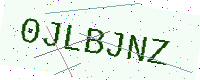
Text: 0JLBJNZ